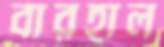
বারহাল